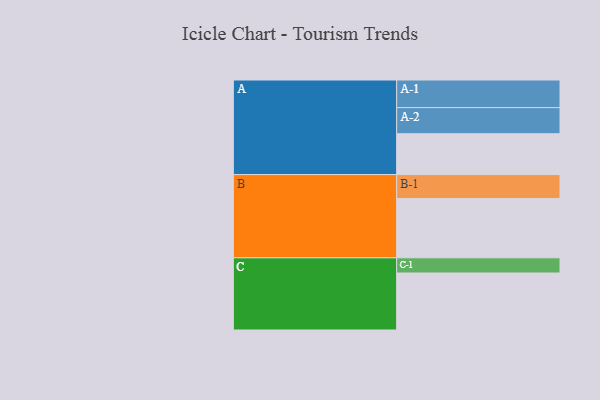
{"axis": {"x": "Segment", "y": "Value"}, "legend": ["", "A", "B", "C"], "data": [{"x": "A", "y": 352, "type": ""}, {"x": "B", "y": 510, "type": ""}, {"x": "C", "y": 491, "type": ""}, {"x": "A-1", "y": 238, "type": "A"}, {"x": "A-2", "y": 225, "type": "A"}, {"x": "B-1", "y": 207, "type": "B"}, {"x": "C-1", "y": 131, "type": "C"}]}